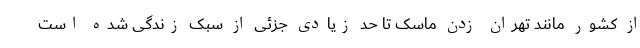
از کشور مانند تهران زدن ماسک تا حد زیادی جزئی از سبک زندگی شده است